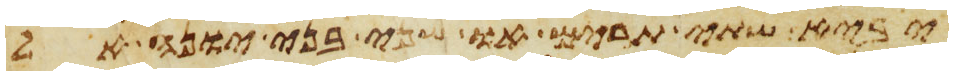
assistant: יביא שתי תרים או שני בני יונה אל